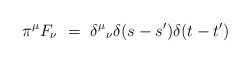
\begin{align*}\pi^\mu F_\nu ~=~ {\delta^\mu}_\nu \delta (s-s') \delta (t-t')\end{align*}